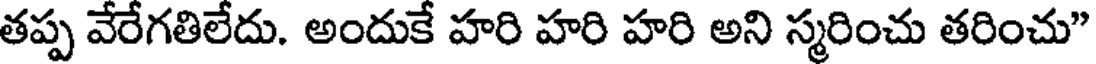
తప్ప వేరేగతిలేదు. అందుకే హరి హరి హరి అని స్మరించు తరించు"